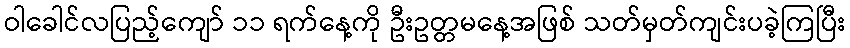
ဝါခေါင်လပြည့်ကျော် ၁၁ ရက်နေ့ကို ဦးဥတ္တမနေ့အဖြစ် သတ်မှတ်ကျင်းပခဲ့ကြပြီး